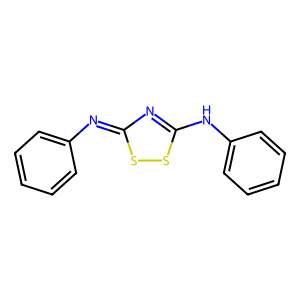
SMILES: c1ccc(N=c2nc(Nc3ccccc3)ss2)cc1
Inhibits HIV replication: No